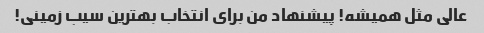
عالی مثل همیشه! پیشنهاد من برای انتخاب بهترین سیب زمینی!